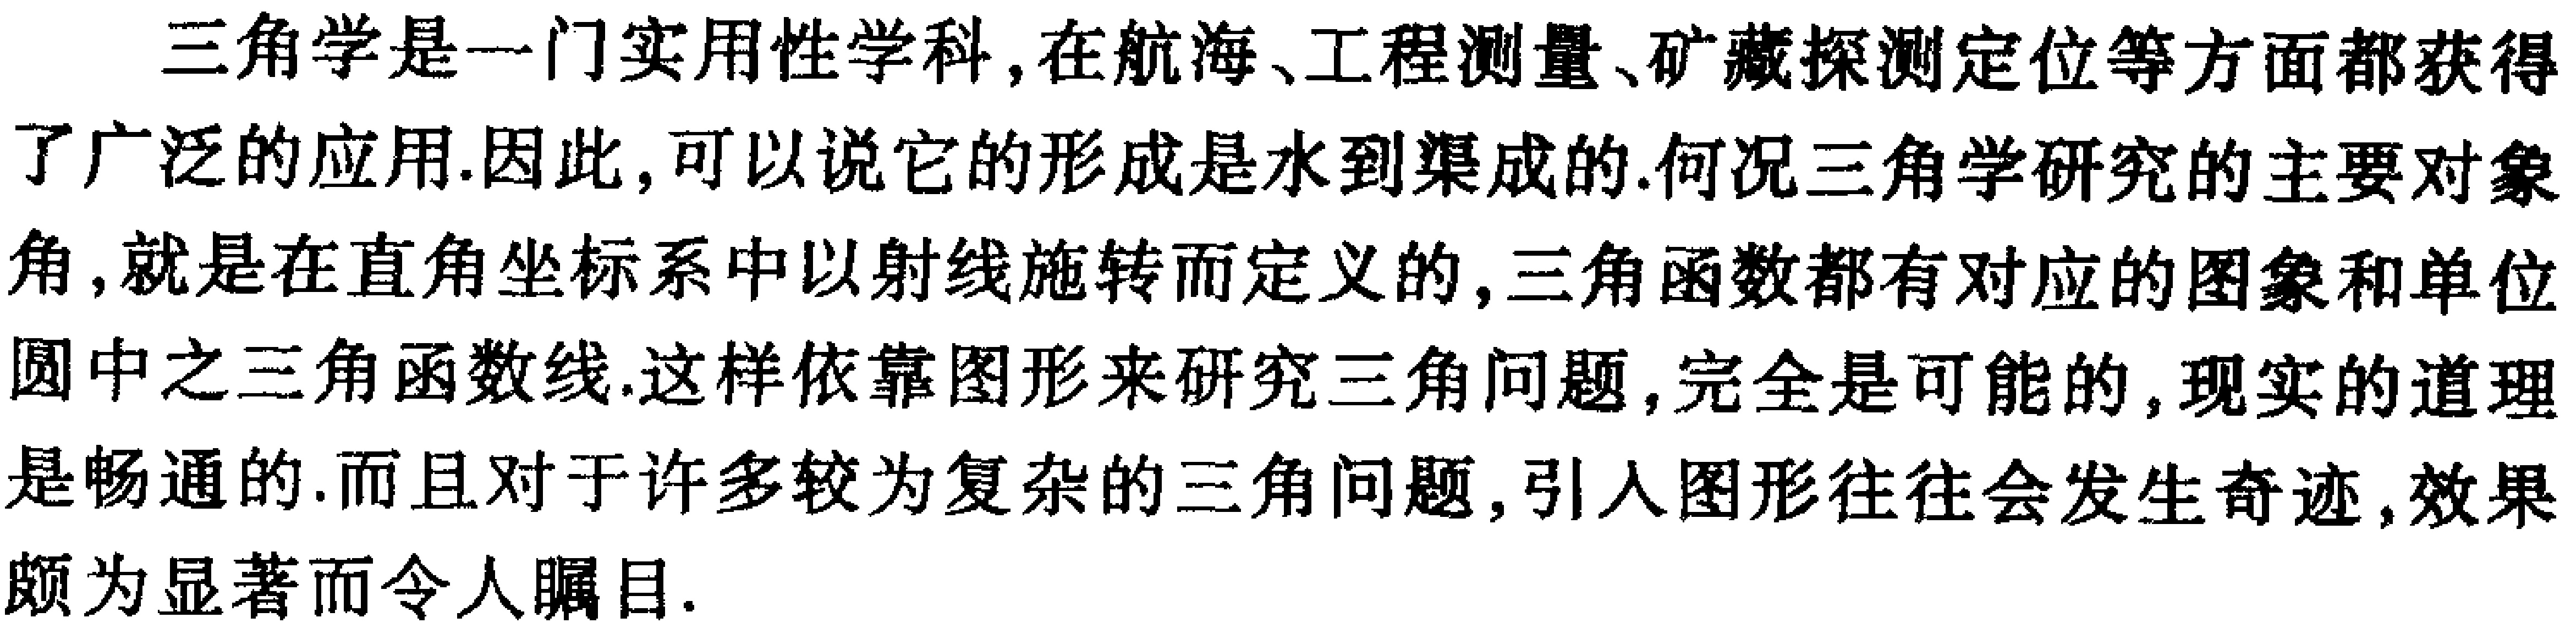
三角学是一门实用性学科,在航海、工程测量、矿藏探测定位等方面都获得了广泛的应用.因此,可以说它的形成是水到渠成的.何况三角学研究的主要对象角,就是在直角坐标系中以射线施转而定义的,三角函数都有对应的图象和单位圆中之三角函数线.这样依靠图形来研究三角问题,完全是可能的,现实的道理是畅通的.而且对于许多较为复杂的三角问题,引入图形往往会发生奇迹,效果颇为显著而令人瞩目.